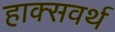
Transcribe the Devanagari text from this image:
हाक्सवर्थ